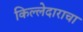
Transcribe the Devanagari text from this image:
किल्लेदाराचा